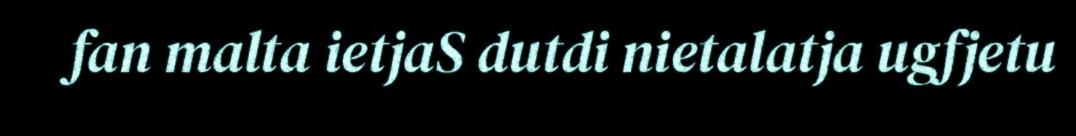
fan malta ietjaS dutdi nietalatja ugfjetu